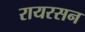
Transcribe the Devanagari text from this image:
रायरसन